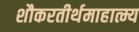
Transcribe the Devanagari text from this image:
शौकरतीर्थमाहात्म्य